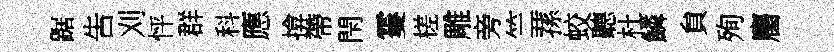
踞吿刈怦群科應揜帶閇䨥槎雕旁竺蓀蛟聽杜鱗貟殉麕